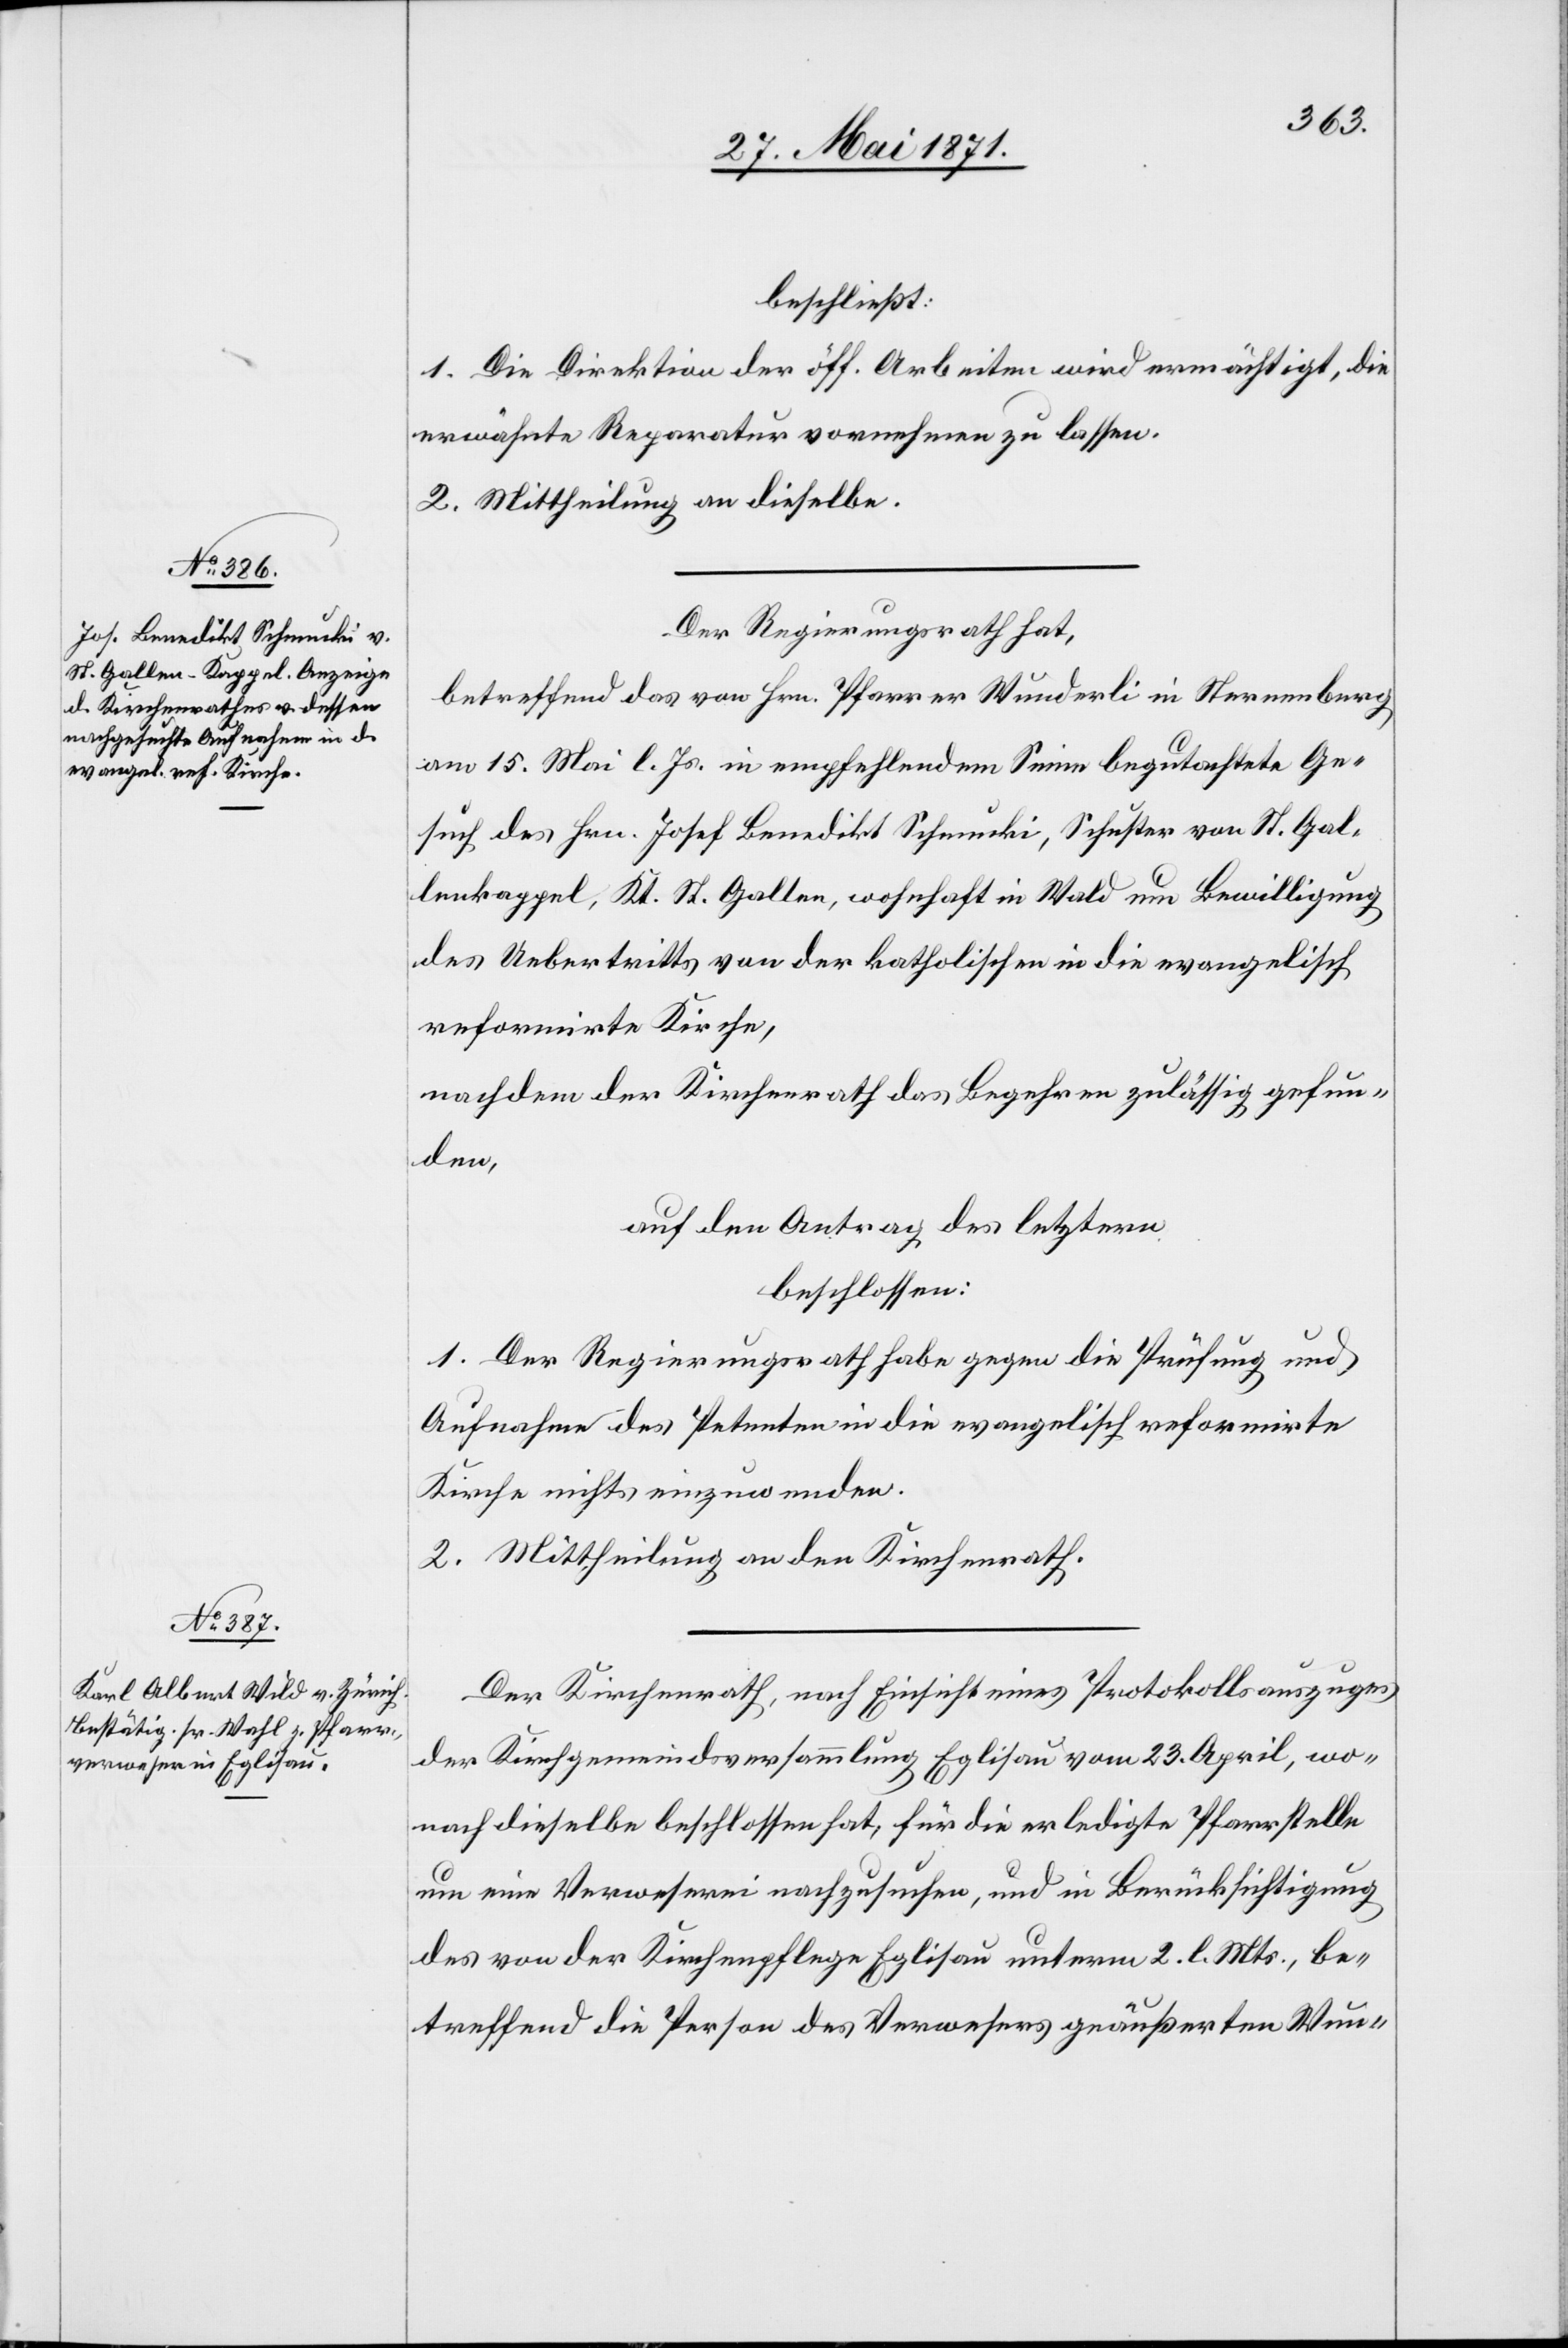
beschließt:
1. Die Direktion der öff. Arbeiten wird ermächtigt, die
erwähnte Reparatur vornehmen zu lassen.
2. Mittheilung an dieselbe.
Der Regierungsrath hat,
betreffend das von Hrn. Pfarrer Wunderli in Sternenberg
am 15. Mai l. Js. in empfehlendem Sinne begutachtete Ge¬
such des Hrn. Josef Benedikt Schmucki, Schuster von St. Gal¬
lenkappel [sic!], Kt. St. Gallen, wohnhaft in Wald um Bewilligung
des Uebertritts von der katholischen in die evangelisch
reformirte Kirche,
nachdem der Kirchenrath das Begehren zulässig gefun¬
den,
auf den Antrag des letztern
beschlossen:
1. Der Regierungsrath habe gegen die Prüfung und
Aufnahme des Petenten in die evangelisch reformirte
Kirche nichts einzuwenden.
2. Mittheilung an den Kirchenrath.
Der Kirchenrath, nach Einsicht eines Protokollsauszuges
der Kirchgemeindeversammlung Eglisau vom 23. April, wo¬
nach dieselbe beschlossen hat, für die erledigte Pfarrstelle
um eine Verweserei nachzusuchen, und in Berücksichtigung
des von der Kirchenpflege Eglisau unterm 2. l. Mts., be¬
treffend die Person des Verwesers geäußerten Wun-